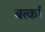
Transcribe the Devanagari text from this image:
बर्त्का